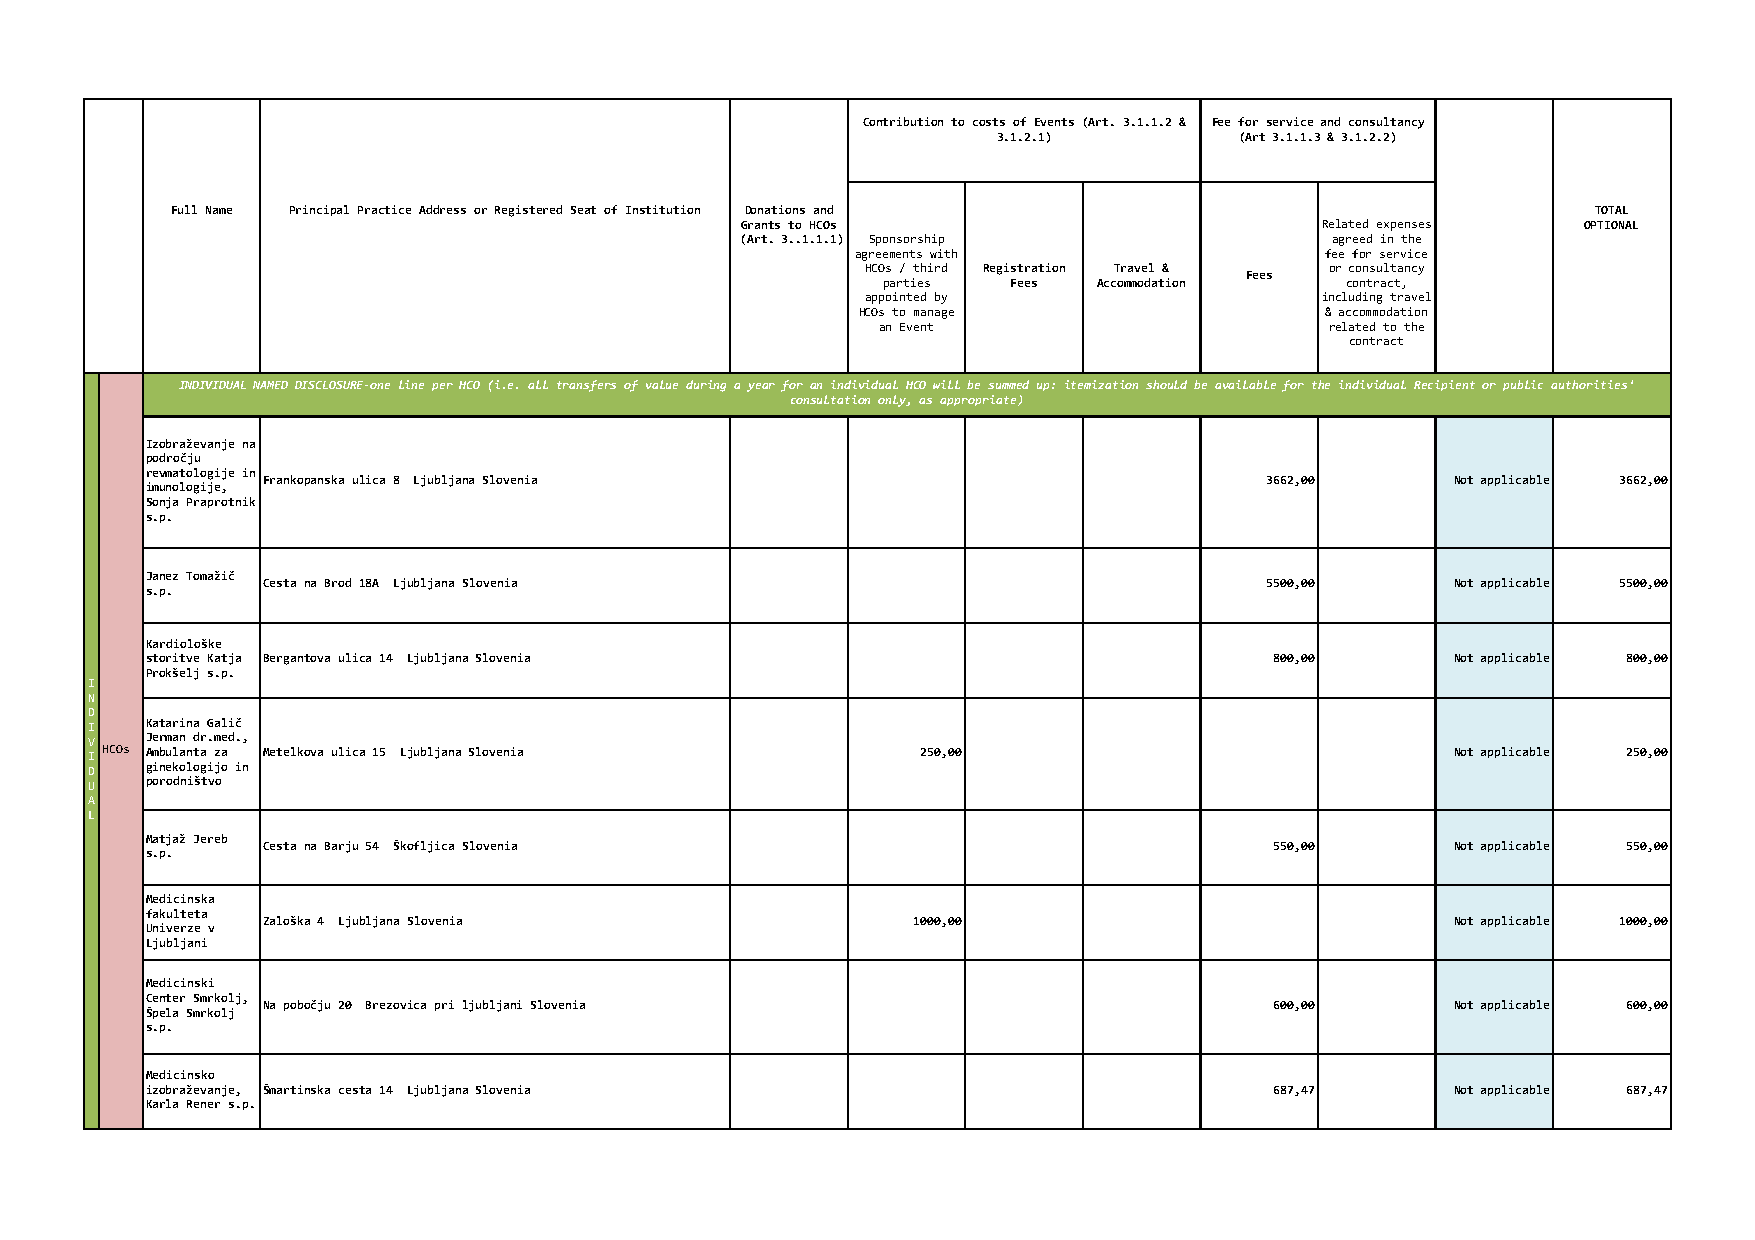
Contribution to costs of Events (Art. 3.1.1.2 & Fee for service and consultancy
 3.1.2.1)        (Art 3.1.1.3 & 3.1.2.2)
 Full Name Principal Practice Address or Registered Seat of Institution Donations and           TOTAL
 Grants to HCOs                        Related expenses  OPTIONAL
 (Art. 3..1.1.1) Sponsorship            agreed in the
 agreements with                fee for service
 HCOs / third Registration Travel & or consultancy
 Fees
 parties  Fees  Accommodation   contract,
 appointed by                  including travel
 HCOs to manage                 & accommodation
 an Event                      related to the
 contract
 INDIVIDUAL NAMED DISCLOSURE-one line per HCO (i.e. all transfers of value during a year for an individual HCO will be summed up: itemization should be available for the individual Recipient or public authorities'
 consultation only, as appropriate)
 Izobraževanje na
 področju
 revmatologije in
 Frankopanska ulica 8 Ljubljana Slovenia                            3662,00     Not applicable 3662,00
 imunologije,
 Sonja Praprotnik
 s.p.
 Janez Tomažič
 Cesta na Brod 18A Ljubljana Slovenia                               5500,00     Not applicable 5500,00
 s.p.
 Kardiološke
 storitve Katja Bergantova ulica 14 Ljubljana Slovenia                     800,00      Not applicable 800,00
 Prokšelj s.p.
 I
 N
 D
 I   Katarina Galič
 V   Jerman dr.med.,
 I HCOs Ambulanta za Metelkova ulica 15 Ljubljana Slovenia 250,00                          Not applicable 250,00
 D   ginekologijo in
 U   porodništvo
 A
 L
 Matjaž Jereb
 Cesta na Barju 54 Škofljica Slovenia                               550,00      Not applicable 550,00
 s.p.
 Medicinska
 fakulteta
 Zaloška 4 Ljubljana Slovenia                1000,00                            Not applicable 1000,00
 Univerze v
 Ljubljani
 Medicinski
 Center Smrkolj,
 Na pobočju 20 Brezovica pri ljubljani Slovenia                     600,00      Not applicable 600,00
 Špela Smrkolj
 s.p.
 Medicinsko
 izobraževanje, Šmartinska cesta 14 Ljubljana Slovenia                     687,47      Not applicable 687,47
 Karla Rener s.p.